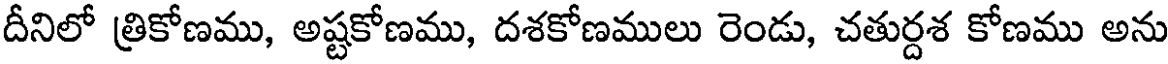
దీనిలో త్రికోణము, అష్టకోణము, దశకోణములు రెండు, చతుర్దశ కోణము అను